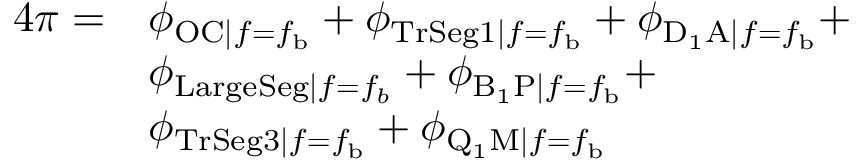
\begin{array} { r l } { 4 \pi = } & { \phi _ { \mathrm { O C } | f = f _ { \mathrm { b } } } + \phi _ { \mathrm { T r S e g 1 } | f = f _ { \mathrm { b } } } + \phi _ { \mathrm { D _ { 1 } A } | f = f _ { \mathrm { b } } } + } \\ & { \phi _ { \mathrm { L a r g e S e g } | f = f _ { b } } + \phi _ { \mathrm { B _ { 1 } P } | f = f _ { \mathrm { b } } } + } \\ & { \phi _ { \mathrm { T r S e g 3 } | f = f _ { \mathrm { b } } } + \phi _ { \mathrm { Q _ { 1 } M } | f = f _ { \mathrm { b } } } } \end{array}